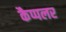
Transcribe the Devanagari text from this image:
कैप्पलर